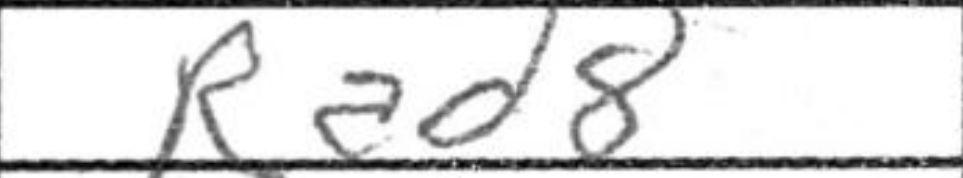
Transcription: Rad8